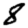
Digit: 8